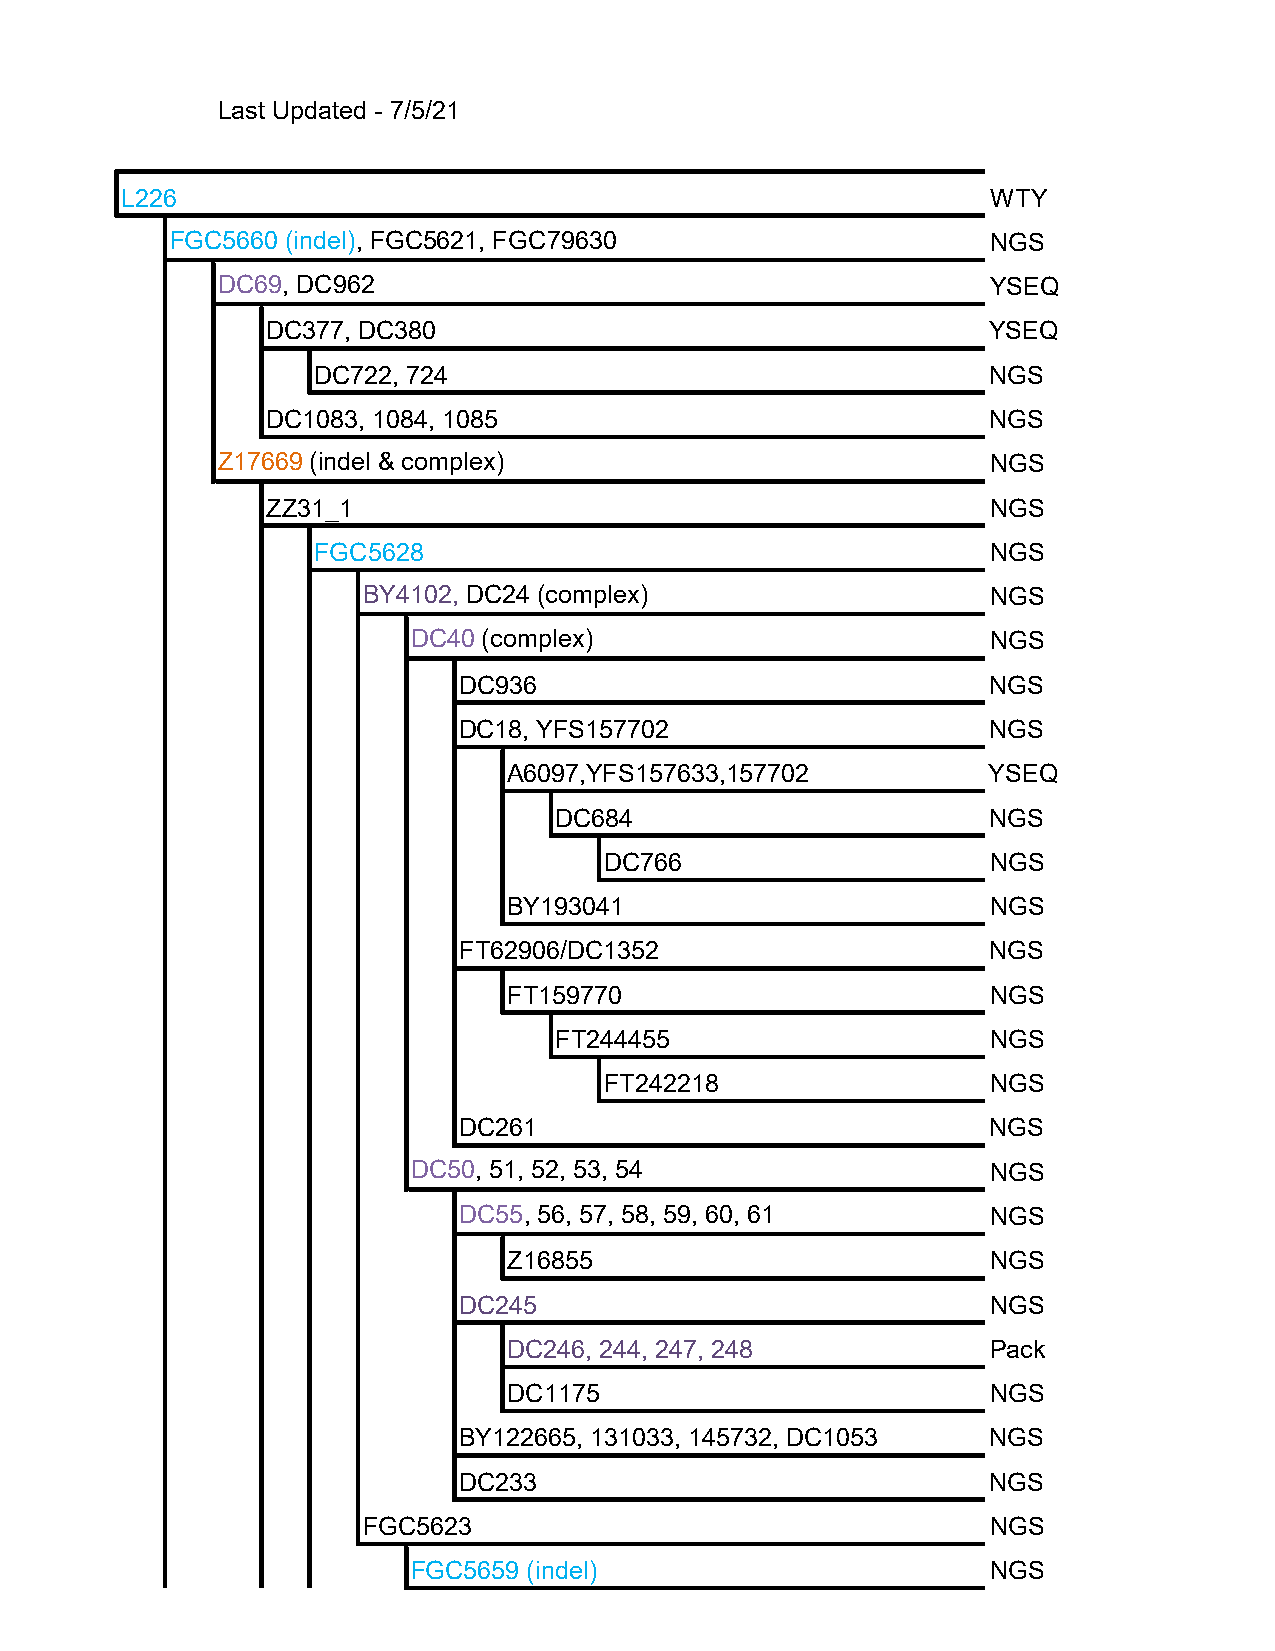
Last Updated - 7/5/21
 L226                                                      WTY
 FGC5660 (indel), FGC5621, FGC79630                     NGS
 DC69, DC962                                         YSEQ
 DC377, DC380                                    YSEQ
 DC722, 724                                   NGS
 DC1083, 1084, 1085                              NGS
 Z17669 (indel & complex)                            NGS
 ZZ31_1                                          NGS
 FGC5628                                      NGS
 BY4102, DC24 (complex)                    NGS
 DC40 (complex)                         NGS
 DC936                               NGS
 DC18, YFS157702                     NGS
 A6097,YFS157633,157702          YSEQ
 DC684                        NGS
 DC766                     NGS
 BY193041                        NGS
 FT62906/DC1352                      NGS
 FT159770                        NGS
 FT244455                     NGS
 FT242218                  NGS
 DC261                               NGS
 DC50, 51, 52, 53, 54                   NGS
 DC55, 56, 57, 58, 59, 60, 61        NGS
 Z16855                          NGS
 DC245                               NGS
 DC246, 244, 247, 248            Pack
 DC1175                          NGS
 BY122665, 131033, 145732, DC1053   NGS
 DC233                               NGS
 FGC5623                                   NGS
 FGC5659 (indel)                        NGS